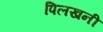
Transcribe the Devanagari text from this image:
पिलखनी